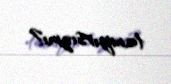
tanıyırsızmı?.